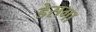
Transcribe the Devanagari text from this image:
डेसगा